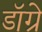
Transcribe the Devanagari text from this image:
डॉग्रे